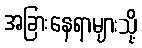
အခြားနေရာများသို့